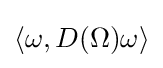
\langle \omega ,D(\Omega )\omega \rangle